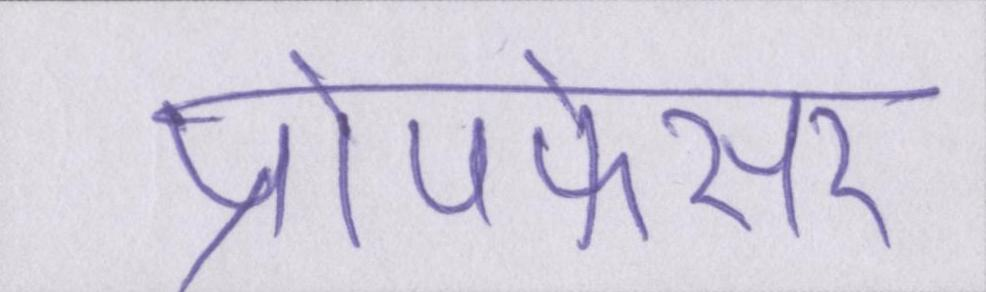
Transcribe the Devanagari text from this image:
प्रोपफेसर